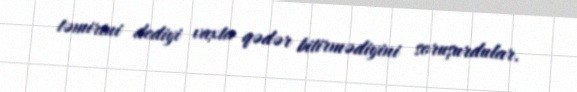
təmirini dediyi vaxta qədər bitirmədiyini soruşurdular.